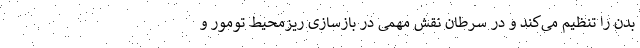
بدن را تنظیم می‌کند و در سرطان نقش مهمی در بازسازی ریزمحیط تومور و